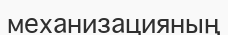
механизацияның